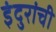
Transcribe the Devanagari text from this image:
इंदुरांची